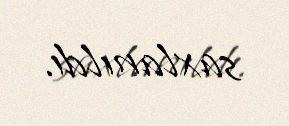
saxlanıldı.